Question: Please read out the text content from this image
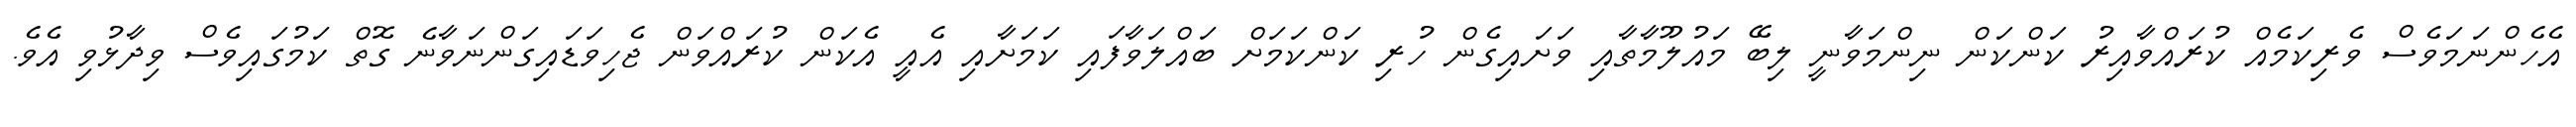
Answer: އެހެންނަމަވެސް ވެރިކަމެއް ކުރައްވާއިރު ކަންކަން ނިންމަވާނީ ލިބޭ މައުލޫމާތާއި ވަށައިގެން ހުރި ކަންކަމަށް ބައްލަވާފައި ކަމަށާއި އެއީ އެކަން ކުރައްވަން ޖެހިވަޑައިގަންނަވާނެ ގޮތް ކަމުގައިވެސް ވިދާޅުވި އެވެ.